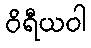
ဝိရီယဝါ